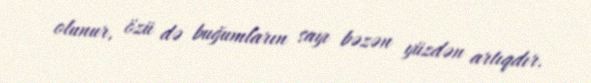
olunur, özü də buğumların sayı bəzən yüzdən artıqdır.